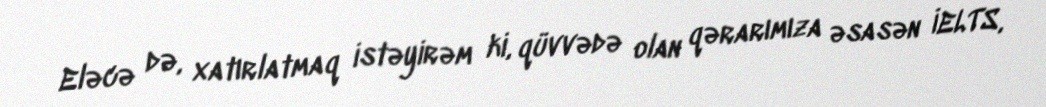
Eləcə də, xatırlatmaq istəyirəm ki, qüvvədə olan qərarımıza əsasən İELTS,